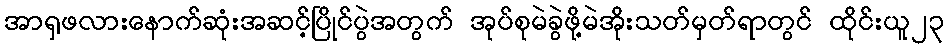
အာရှဖလားနောက်ဆုံးအဆင့်ပြိုင်ပွဲအတွက် အုပ်စုမဲခွဲဖို့မဲအိုးသတ်မှတ်ရာတွင် ထိုင်းယူ၂၃